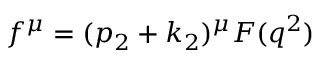
f ^ { \mu } = ( p _ { 2 } + k _ { 2 } ) ^ { \mu } F ( q ^ { 2 } )